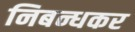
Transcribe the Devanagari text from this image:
निबन्धकर